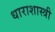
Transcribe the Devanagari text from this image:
धाराशास्त्री